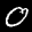
Label: 0